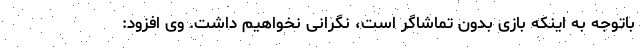
باتوجه به اینکه بازی بدون تماشاگر است، نگرانی نخواهیم داشت. وی افزود: